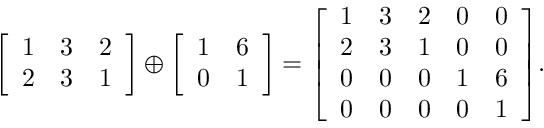
{ \left[ \begin{array} { l l l } { 1 } & { 3 } & { 2 } \\ { 2 } & { 3 } & { 1 } \end{array} \right] } \oplus { \left[ \begin{array} { l l } { 1 } & { 6 } \\ { 0 } & { 1 } \end{array} \right] } = { \left[ \begin{array} { l l l l l } { 1 } & { 3 } & { 2 } & { 0 } & { 0 } \\ { 2 } & { 3 } & { 1 } & { 0 } & { 0 } \\ { 0 } & { 0 } & { 0 } & { 1 } & { 6 } \\ { 0 } & { 0 } & { 0 } & { 0 } & { 1 } \end{array} \right] } .